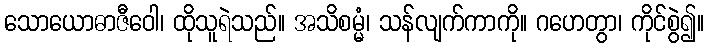
သောယောဓာဇီဝေါ၊ ထိုသူရဲသည်။ အသိစမ္မံ၊ သန်လျက်ကာကို။ ဂဟေတွာ၊ ကိုင်စွဲ၍။